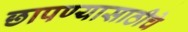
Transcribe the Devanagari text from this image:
छापण्यासाठीचे